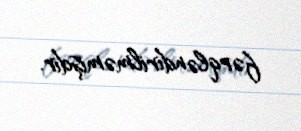
fərqləndirilməmişdir.